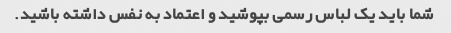
شما باید یک لباس رسمی بپوشید و اعتماد به نفس داشته باشید.